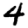
Digit: 4